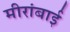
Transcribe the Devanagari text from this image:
मीरांबाई